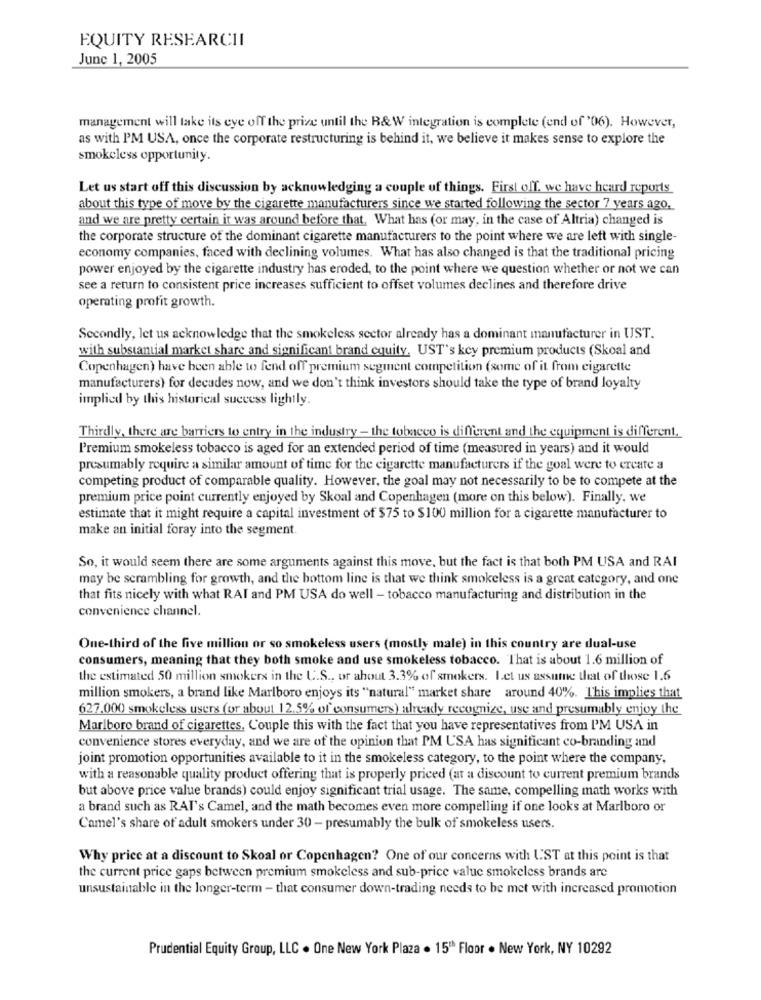
EQUITY RESEARCHI
June 1, 2005
management will take its eye off the prize until the B&W integration is complete (end of '06). However,
as with PM USA, once the corporate restructuring is behind it, we believe it makes sense to explore the
smokeless opportunity.
Let us start off this discussion by acknowledging a couple of things. First off. we have heard reports
about this type of move by the cigarette manufacturers since we started following the sector 7 years ago.
and we are pretty certain it was around before that. What has (or may, in the case of Altria) changed is
the corporate structure of the dominant cigarette manufacturers to the point where we are left with single-
economy companies, faced with declining volumes. What has also changed is that the traditional pricing
power enjoyed by the cigarette industry has eroded, to the point where we question whether or not we can
see a return to consistent price increases sufficient to offset volumes declines and therefore drive
operating profit growth.
Secondly, let us acknowledge that the smokeless sector already has a dominant manufacturer in UST.
with substantial market share and significant brand equity. UST's key premium products (Skoal and
Copenhagen) have been able to fend off premium segment competition (some of it from cigarette
manufacturers) for decades now, and we don't think investors should take the type of brand loyalty
implied by this historical success lightly.
Thirdly, there are barriers to entry in the industry - the tobacco is different and the equipment is different.
Premium smokeless tobacco is aged for an extended period of time (measured in years) and it would
presumably require a similar amount of time for the cigarette manufacturers if the goal were to create a
competing product of comparable quality. However, the goal may not necessarily to be to compete at the
premium price point currently enjoyed by Skoal and Copenhagen (more on this below). Finally, we
estimate that it might require a capital investment of $75 to $100 million for a cigarette manufacturer to
make an initial foray into the segment.
So, it would seem there are some arguments against this move, but the fact is that both PM USA and RAI
may be scrambling for growth, and the bottom line is that we think smokeless is a great category, and one
that fits nicely with what RAI and PM USA do well - tobacco manufacturing and distribution in the
convenience channel.
One-third of the five million or so smokeless users (mostly male) in this country are dual-use
consumers, meaning that they both smoke and use smokeless tobacco. That is about 1.6 million of
the estimated 50 million smokers in the U.S ., or about 3.3% of smokers. Let us assume that of those 1.6
million smokers, a brand like Marlboro enjoys its "natural" market share around 40%. This implies that
627.000 smokeless users (or about 12,5% of consumers) already recognize, use and presumably enjoy the
Marlboro brand of cigarettes. Couple this with the fact that you have representatives from I'M USA in
convenience stores everyday, and we are of the opinion that PM USA has significant co-branding and
joint promotion opportunities available to it in the smokeless category, to the point where the company.
with a reasonable quality product offering that is properly priced (at a discount to current premium brands
but above price value brands) could enjoy significant trial usage. The same, compelling math works with
a brand such as RAI's Camel, and the math becomes even more compelling if one looks at Marlboro or
Camel's share of adult smokers under 30 - presumably the bulk of smokeless users.
Why price at a discount to Skoal or Copenhagen? One of our concerns with UST at this point is that
the current price gaps between premium smokeless and sub-price value smokeless brands are
unsustainable in the longer-term - that consumer down-trading needs to be met with increased promotion
Prudential Equity Group, LLC . One New York Plaza . 15" Floor . New York, NY 10292